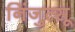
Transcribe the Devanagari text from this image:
निंजुत्सू